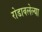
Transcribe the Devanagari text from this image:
रोडावलेल्या